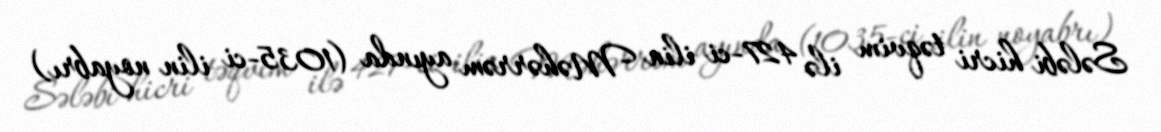
Sələbi hicri təqvim ilə 427-ci ilin Məhərrəm ayında (1035-ci ilin noyabrı)